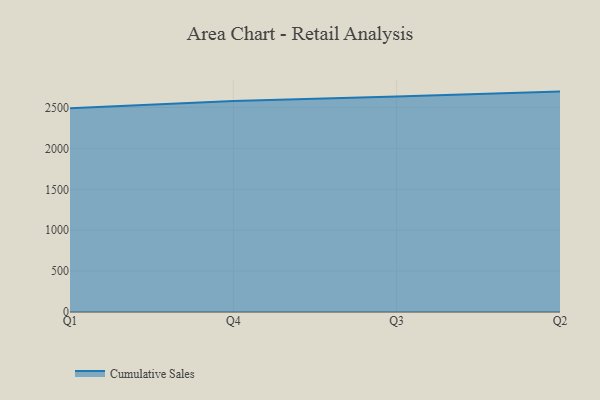
{"axis": {"x": "Quarter", "y": "Active Users"}, "legend": ["Cumulative Sales"], "data": [{"x": "Q1", "y": 2490.4, "type": "Cumulative Sales"}, {"x": "Q4", "y": 2580.5, "type": "Cumulative Sales"}, {"x": "Q3", "y": 2633.1, "type": "Cumulative Sales"}, {"x": "Q2", "y": 2694.3, "type": "Cumulative Sales"}]}